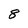
Character: 8